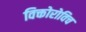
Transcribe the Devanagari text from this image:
विक्तोरोविच